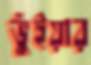
ভুঁইয়ার